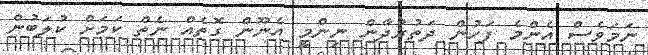
ނަމަވެސް އެންމެ ފަހުން ދަތުރުދާން ނިންމީ އެނޫން ގޮތެއް ނެތް ކަމަށް ކުލަބުން